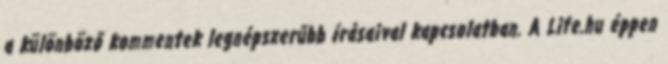
a különböző kommentek legnépszerűbb írásaival kapcsolatban. A Life.hu éppen